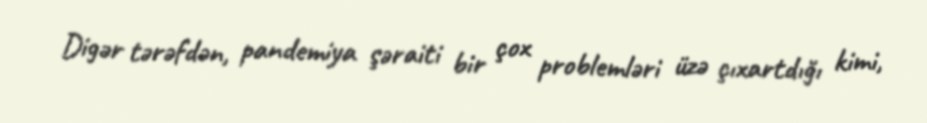
Digər tərəfdən, pandemiya şəraiti bir çox problemləri üzə çıxartdığı kimi,